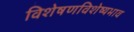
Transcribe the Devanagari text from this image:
विशेषणविशेष्यभाव